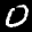
Label: 0